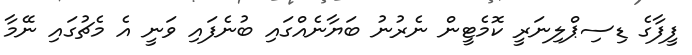
ފީފާގެ ޑިސިޕްލިނަރީ ކޮމެޓީން ނެރުނު ބަޔާނެއްގައި ބުނެފައި ވަނީ އެ މެޗުގައި ނޭމާ